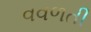
વવળતી